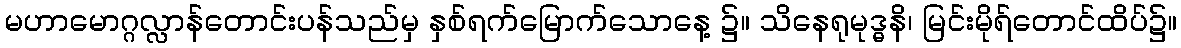
မဟာမောဂ္ဂလ္လာန်တောင်းပန်သည်မှ နှစ်ရက်မြောက်သောနေ့ ၌။ သိနေရုမုဒ္ဓနိ၊ မြင်းမိုရ်တောင်ထိပ်၌။